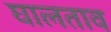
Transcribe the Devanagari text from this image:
घालताव